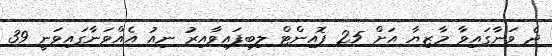
ދެ ވަނާގައިވާ މާޒިޔާ އަށް 25 ޕޮއިންޓް ލިބިފައިވާއިރު ނިއު އެއްވަނާގައިވަނީ 39